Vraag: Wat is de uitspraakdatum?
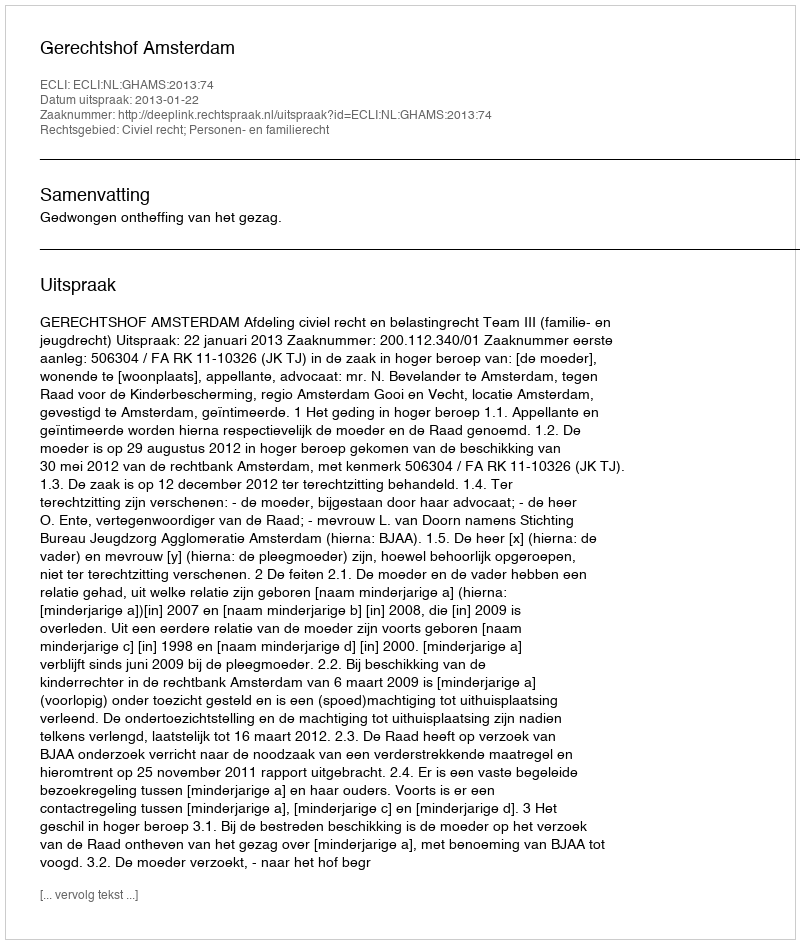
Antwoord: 2013-01-22